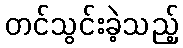
တင်သွင်းခဲ့သည့်